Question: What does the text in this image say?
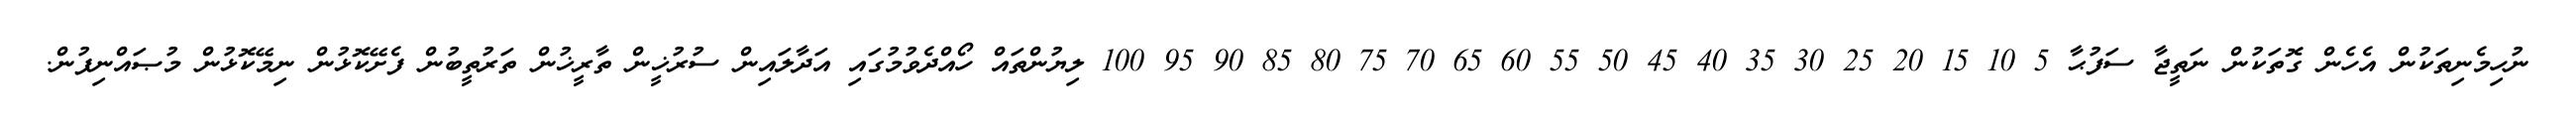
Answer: ނުހިމެނިތަކުން އެހެން ގޮތަކުން ނަތީޖާ ސަފުޙާ 5 10 15 20 25 30 35 40 45 50 55 60 65 70 75 80 85 90 95 100 ލިޔުންތައް ހޯއްދެވުމުގައި އަދާލައިން ސުރުޚީން ތާރީޚުން ތަރުތީބުން ފެށޭކޮޅުން ނިމޭކޮޅުން މުޞައްނިފުން.